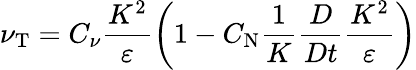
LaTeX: \nu_{\textrm{T}}=C_{\nu}\frac{K^{2}}{\varepsilon}\left({1-C_{\textrm{N}}\frac{1}{K}\frac{D}{Dt}\frac{K^{2}}{\varepsilon}}\right)